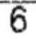
6